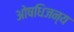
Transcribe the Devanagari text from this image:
ओषधिजन्य